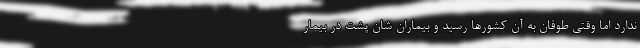
ندارد اما وقتی طوفان به آن کشورها رسید و بیماران شان پشت در بیمار